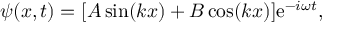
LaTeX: \psi ( x , t ) = [ A \sin ( k x ) + B \cos ( k x ) ] \mathrm { e } ^ { - i \omega t } ,